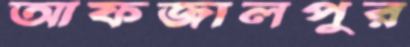
আফজালপুর